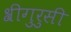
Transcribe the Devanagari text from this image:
श्रीगुरुसी